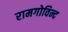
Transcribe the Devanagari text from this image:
रामगोविन्द